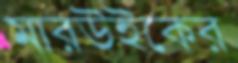
মারউইকের